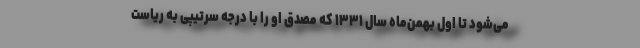
می‌شود تا اول بهمن‌ماه سال ۱۳۳۱ که مصدق او را با درجه سرتیپی به ریاست